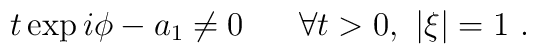
t\exp i\phi - a_{1}\neq 0\hspace{7 mm}\forall t>0, \, \, |\xi|=1\,\,.